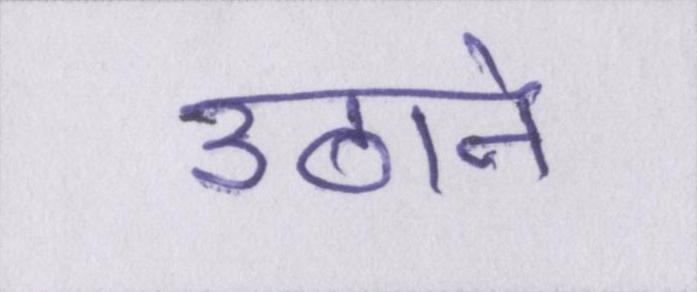
उठाने